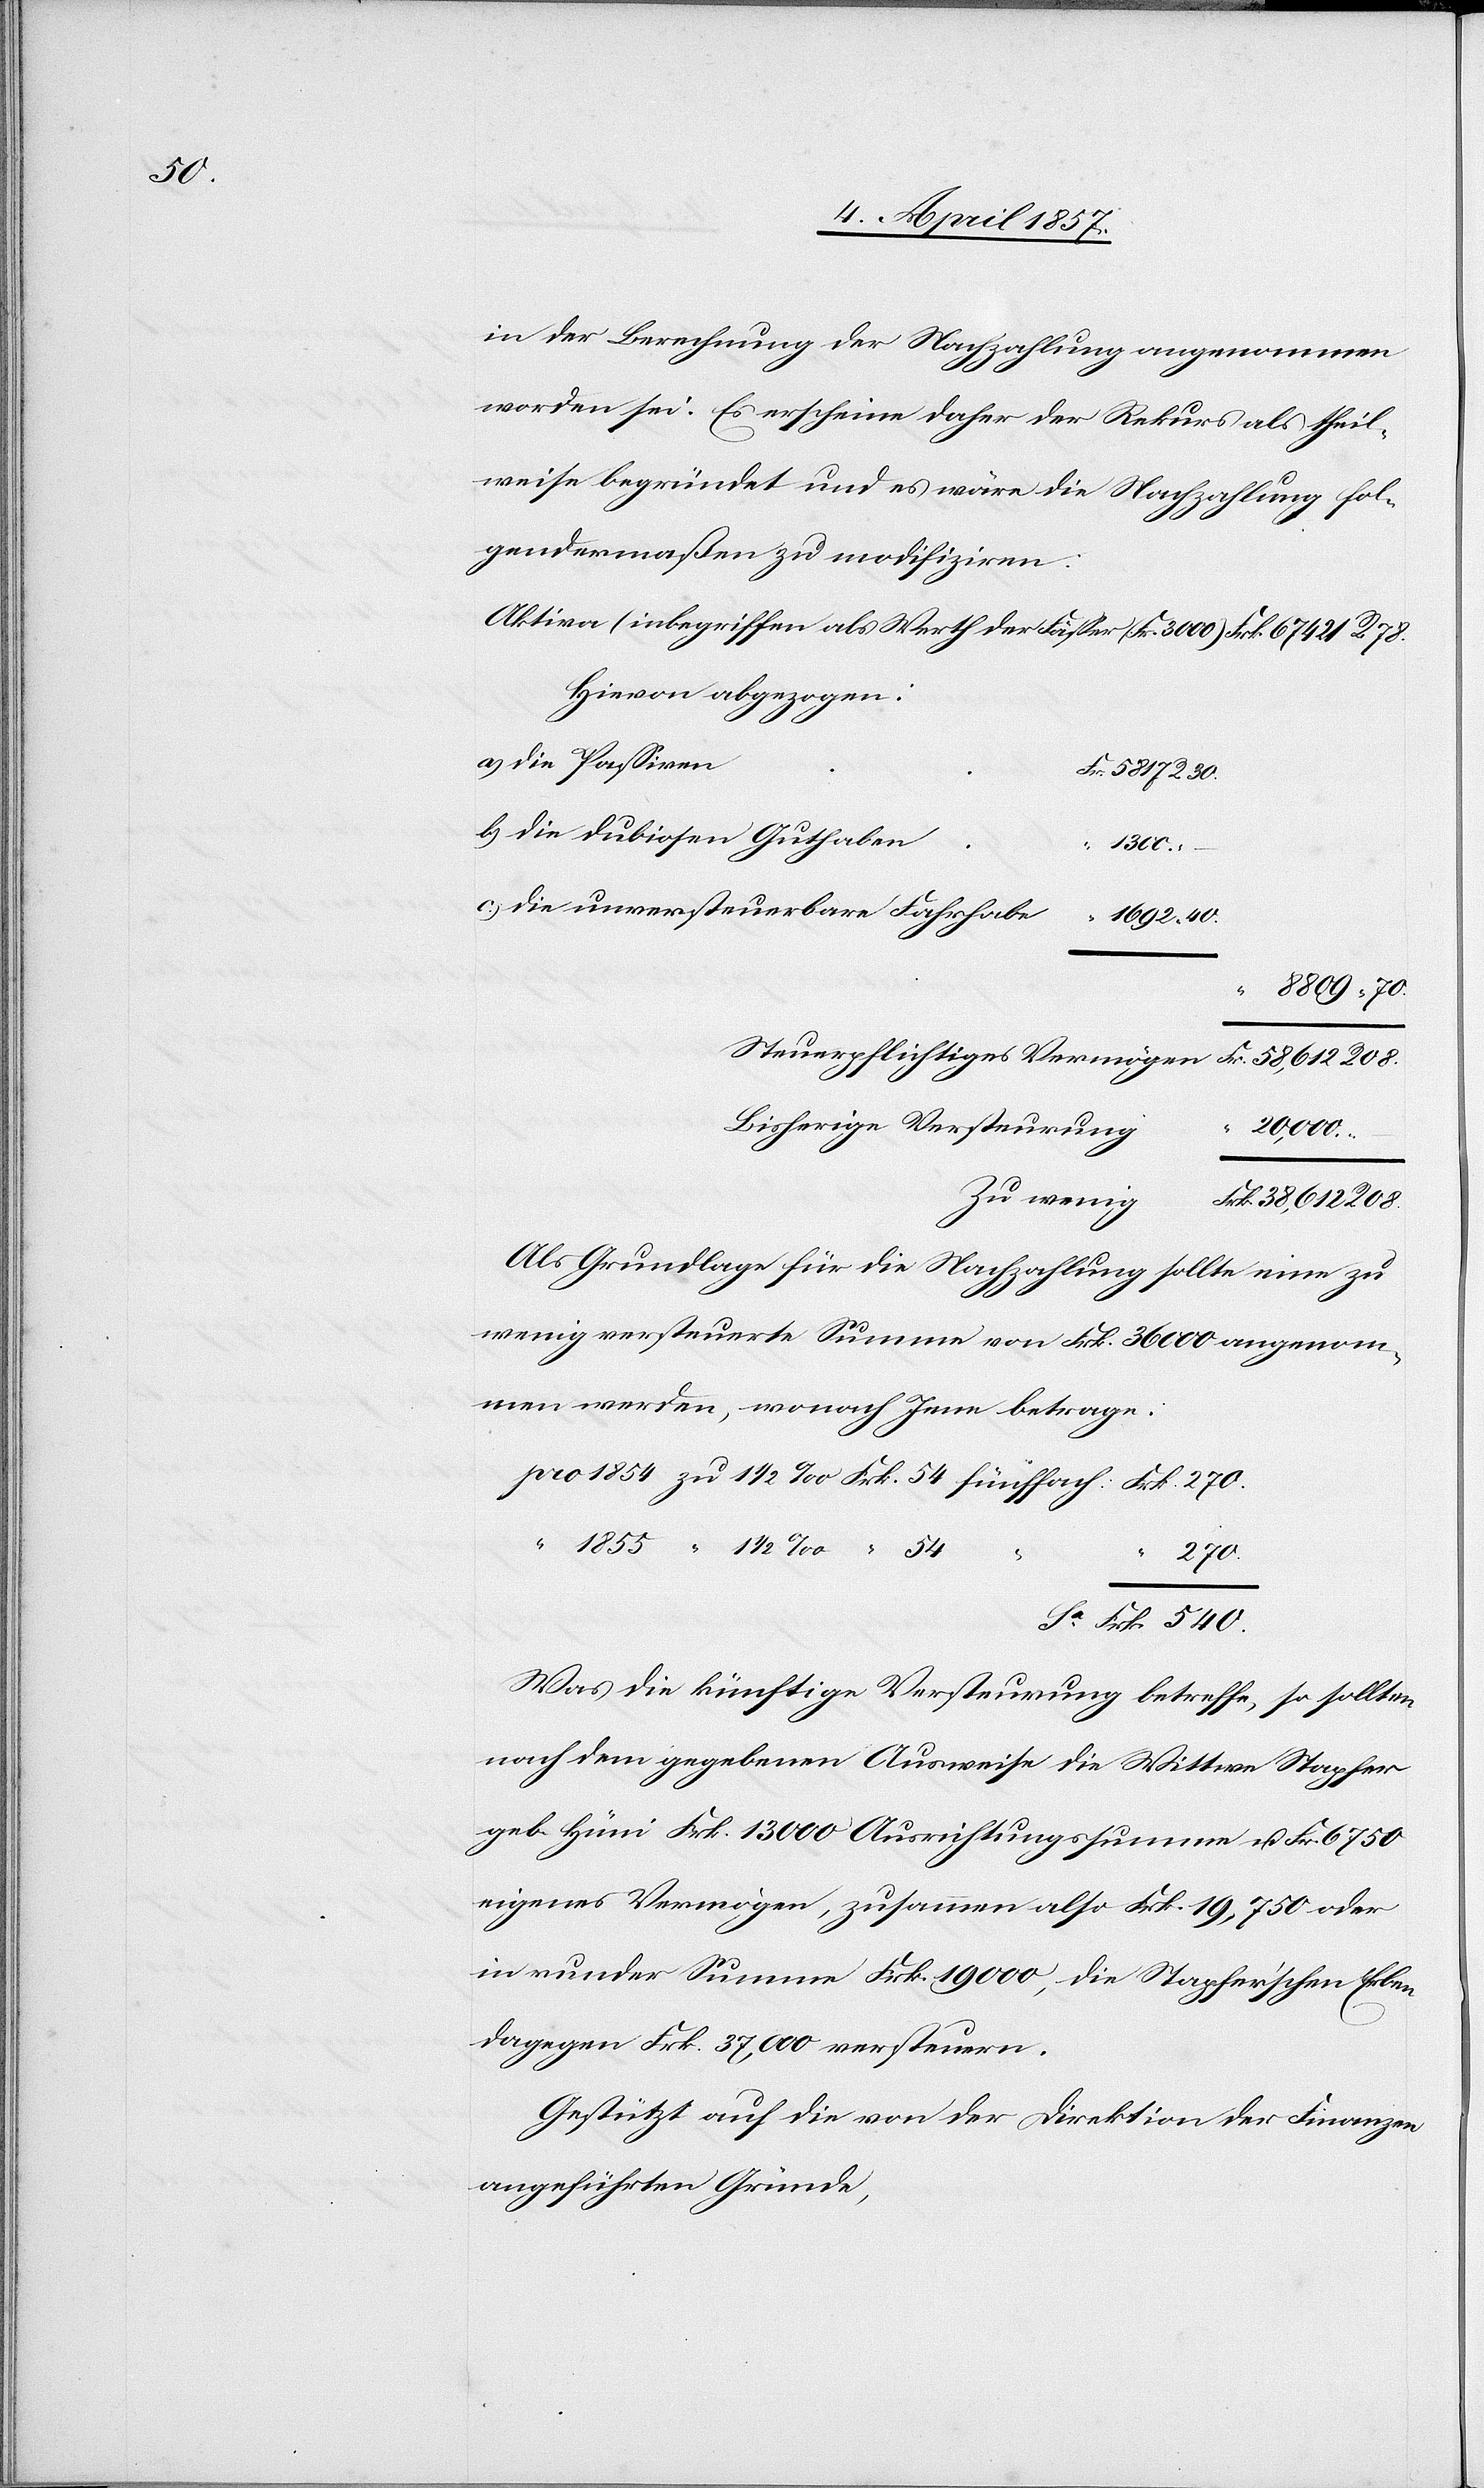
540.

in der Berechnung der Nachzahlung angenommen
worden sei. Es erscheine daher der Rekurs als theil¬
weise begründet und es wäre die Nachzahlung fol¬
gendermaßen zu modifiziren:
Aktiva (inbegriffen als Werth der Fässer (Fr. 3000)[)]
Hievon abgezogen:
die Passiven
die dubiosen Guthaben
1300.
die unversteuerbare Fahrhabe
R.
Bisherige Versteurung
20,000.
Zu wenig
Als Grundlage für die Nachzahlung sollte eine zu
wenig versteuerte Summe von Frk. 36 000 angenom¬
men werden, wonach Jene betrage:
270.
“
Was die künftige Versteurung betreffe, so sollten
nach dem gegebenen Ausweise die Wittwe Stapfer
geb. Hüni Frk. 13 000 Ausrichtungssumme u. Fr. 6750
eigenes Vermögen, zusammen also Frk. 19,750 oder
in runder Summe Frk. 19 000, die Stapfer'schen Erben
dagegen Frk. 37,000 versteuern.
Gestützt auf die von der Direktion der Finanzen
angeführten Gründe,